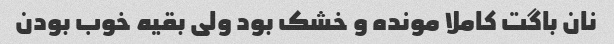
نان باگت کاملا مونده و خشک بود ولی بقیه خوب بودن